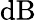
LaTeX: \textrm{dB}